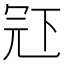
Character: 𠖈